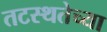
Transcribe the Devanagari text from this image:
तटस्थतेच्या